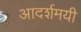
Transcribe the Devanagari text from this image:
आदर्शमयी